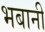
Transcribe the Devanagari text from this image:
भबानी